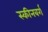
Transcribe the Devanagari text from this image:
स्कीनबर्ग